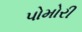
પોમોરી